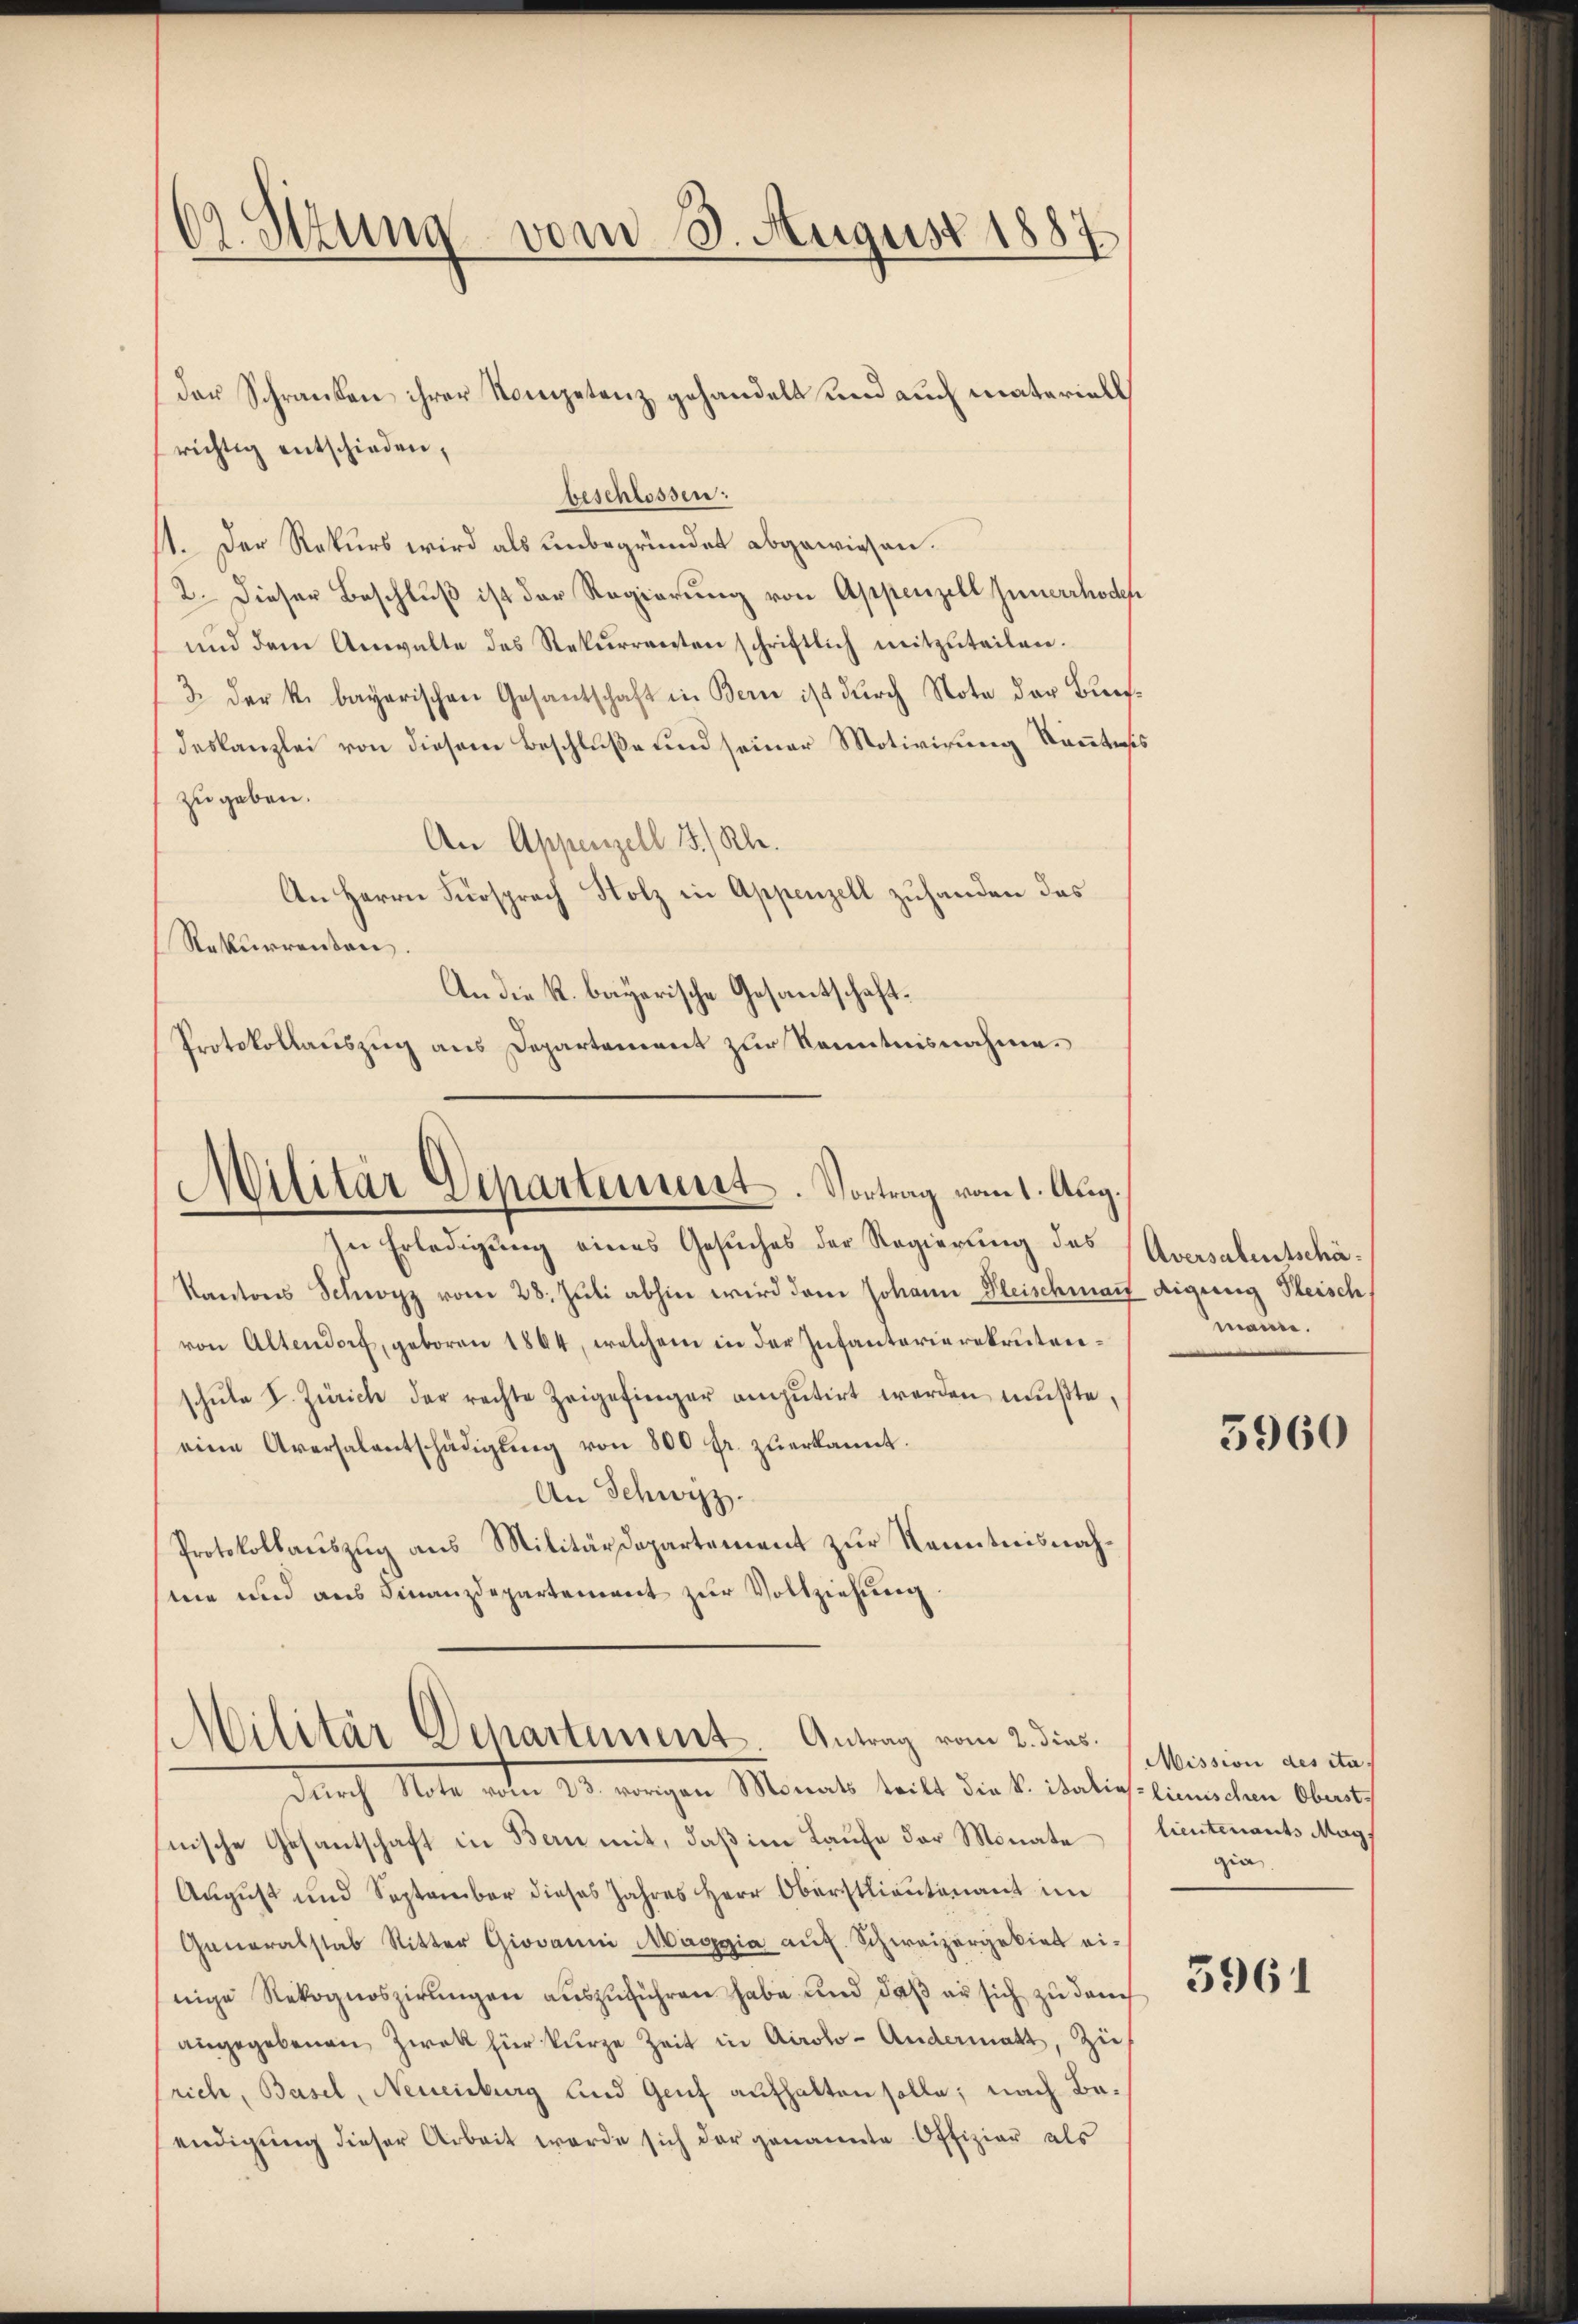
C. Ottung vom 8. August 1887

richtig entschieden,
beschlossen:
11. Der Rekurs wird als unbegründet abgewiesen.
2. Dieser Beschluß ist der Regierung von Appenzell Innerrhoden
und dem Anwalte des Rekurrenten schriftlich mitzŭteilen.
3 der k. bayerischen Gesandschaft in Bern ist durch Note der Buchdeskanzlei von diesem Beschluße und seiner Motivirung kanntnis
zu geben.
An Appenzell 15./ Kl.
An Herrn Fürsprach Holz in Appenzell zuhanden das
Rekurrenten
An die k. bayerische Gesantschaft¬
Protokollauszug aus Departement zur Kenntnisnahme.

In Erledigung eines Gesuches der Regierung des (Aversalentschä¬
Kantons Schwyz vom 28. Juli abhin wird dem Johann Fleischmars
von Altendorf, geboren 1864, welchem in der Infanterierekrutenschŭle I. Zürich der rechte Zeigefinger amŭtirt werden mŭβte,
eine Aversalentschädigŭng von 800 fr. zŭerkannt.
An Schwyz.
Protokollauszug aus Militärdepartement zur Kenntnisnahme und aus Finanzdepartement zur Vollziehung.

der Schranken ihrer Kompetenz gehandelt und auch materiell

Militär Departenunt. Vortrag vom 1. Aug.

Militär Departement. Antrag vom 2. dies.

Durch Note vom 23. vorigen Monats teilt die K. italiclienischen Oberstnische Gesantschaft in Bern mit, daß im Laufe der Monate
August und September dieses Jahres Herr Oberstlieutenant im
Generalstab Ritter Giovanni Maggia aŭf Schweizergebiet ei-
nige Rekognoszirungen auszuführen habe und daß er sich zu durch
angegebenen Zwek für kurze Zeit in Airolo-Andermatt, Zürich, Basel, Neuenburg und Genf aufhalten solle; nach Baendigung dieser Arbeit werde sich der genannte Offizier als

digung Fleisch
mann.

3960

Mission des ita
lieutenants Mags
gia.

5961